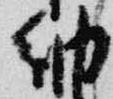
納